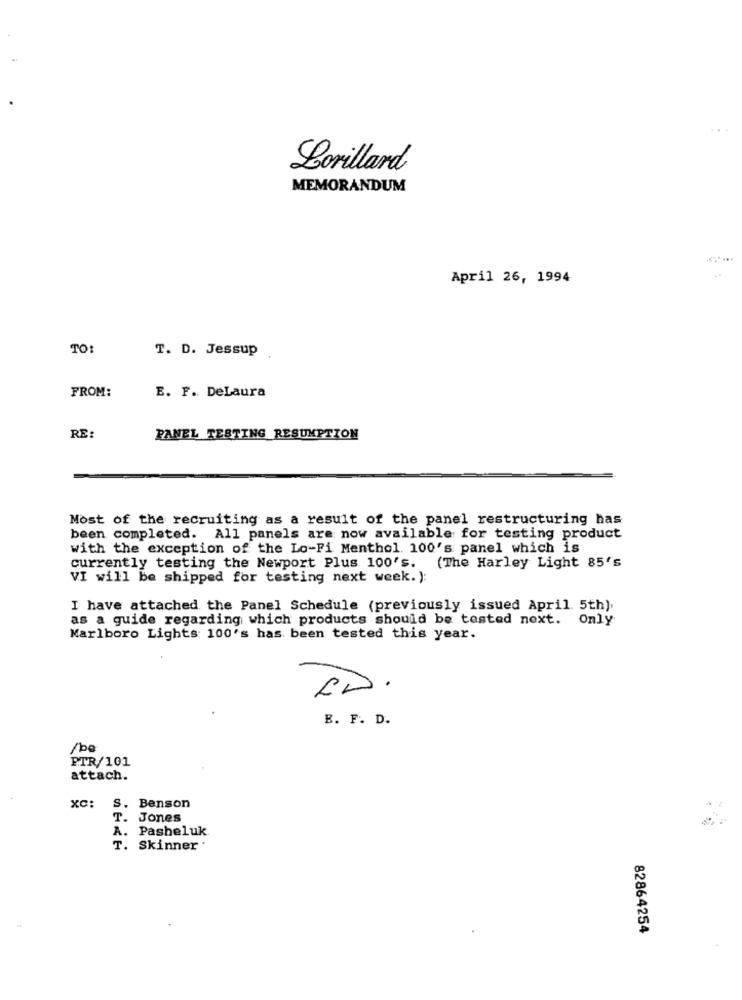
Lorillard
MEMORANDUM
April 26, 1994
TO:
T. D. Jessup
FROM:
E. F. DeLaura
RE:
PANEL TESTING RESUMPTION
Most of the recruiting as a result of the panel restructuring has
been completed. All panels are now available for testing product
with the exception of the Lo-Fi Menthol. 100's panel which is
currently testing the Newport Plus 100's. (The Harley Light 85's
VI will be shipped for testing next week.):
I have attached the Panel Schedule (previously issued April. 5th).
as a guide regarding which products should be tested next. Only
Marlboro Lights: 100's has been tested this year.
B. F. D.
/be
PTR/101
attach.
xC:
S. Benson
T.
Jones
A. Pasheluk
T. Skinner .
82864254